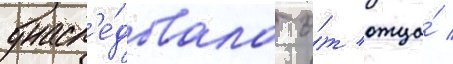
унасл'е́довала о́т отца́ /